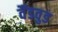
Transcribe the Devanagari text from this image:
वैंडवुड